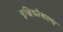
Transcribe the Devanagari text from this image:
बुद्धिकौशल्य